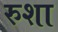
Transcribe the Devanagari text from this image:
रुशा